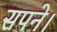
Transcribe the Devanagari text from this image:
सपने।